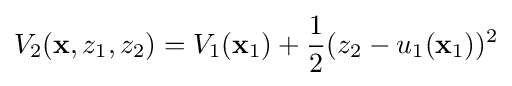
V_{2}(\mathbf {x} ,z_{1},z_{2})=V_{1}(\mathbf {x} _{1})+{\frac {1}{2}}(z_{2}-u_{1}(\mathbf {x} _{1}))^{2}